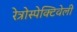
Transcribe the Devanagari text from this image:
रेत्रोस्पेक्टिवेली